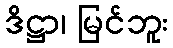
ဒိဋ္ဌာ၊ မြင်ဘူး